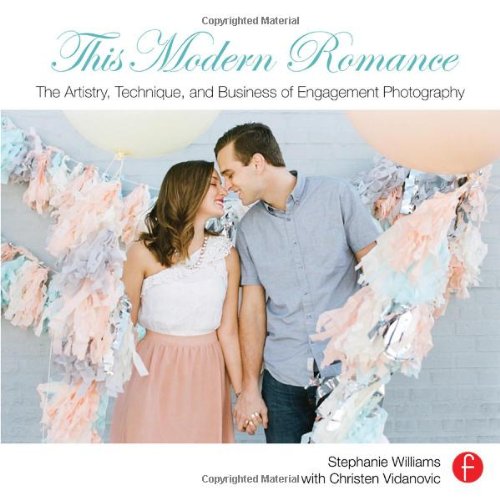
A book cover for This Modern Romance: The Artistry, Technique, and Business of Engagement Photography; Stephanie Williams; Crafts, Hobbies & Home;